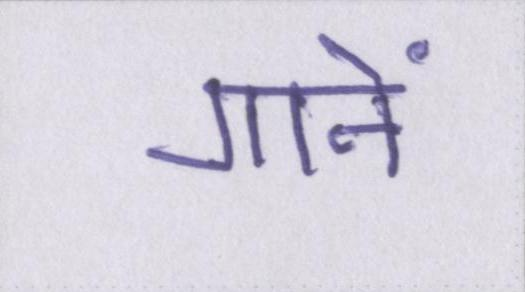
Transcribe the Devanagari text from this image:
गानें